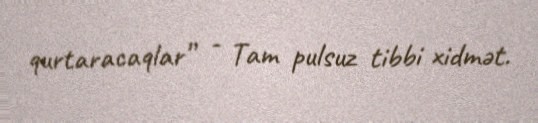
qurtaracaqlar” - Tam pulsuz tibbi xidmət.